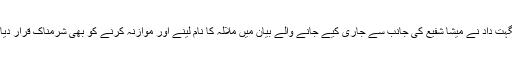
نگہت داد نے میشا شفیع کی جانب سے جاری کیے جانے والے بیان میں ملالہ کا نام لینے اور موازنہ کرنے کو بھی شرمناک قرار دیا ۔